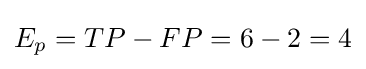
E_{p}=TP-FP=6-2=4